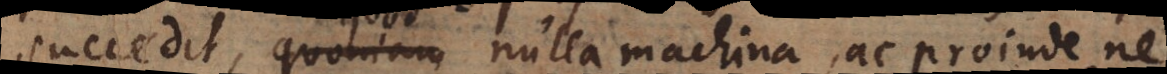
succedit, quoniam nulla machina, ac proinde ne